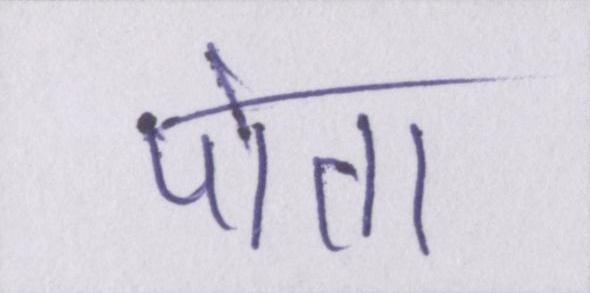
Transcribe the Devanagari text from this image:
पोता